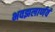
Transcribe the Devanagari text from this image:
भवझलार्णवं